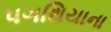
પગથિયાના